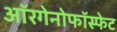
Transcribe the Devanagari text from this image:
ऑरगेनोफॉस्फेट